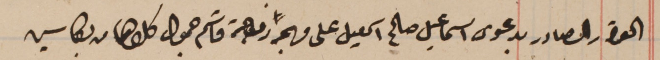
القرار الصادر بدعوى اسماعيل صالح اسمعيل على  مريم زوجة قاسم جمول كلاهما من بكاسين